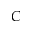
C